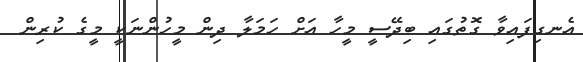
އެނގިފައިވާ ގޮތުގައި ބިދޭސީ މީހާ އަށް ހަމަލާ ދިން މީހުންނަކީ މީގެ ކުރިން